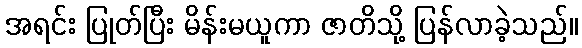
အရင်း ပြုတ်ပြီး မိန်းမယူကာ ဇာတိသို့ ပြန်လာခဲ့သည်။